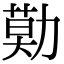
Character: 𠢓